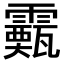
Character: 𩆙